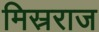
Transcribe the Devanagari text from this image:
मिस्रराज